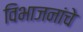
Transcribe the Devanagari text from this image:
विभाजनांचे